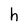
Character: h